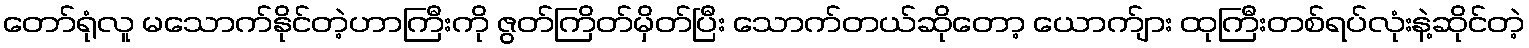
တော်ရုံလူ မသောက်နိုင်တဲ့ဟာကြီးကို ဇွတ်ကြိတ်မှိတ်ပြီး သောက်တယ်ဆိုတော့ ယောက်ျား ထုကြီးတစ်ရပ်လုံးနဲ့ဆိုင်တဲ့